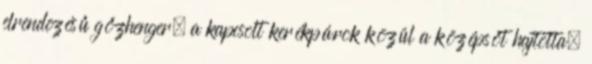
elrendezésű gőzhenger, a kapcsolt kerékpárok közül a középsőt hajtotta.